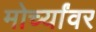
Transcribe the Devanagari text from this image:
मोर्च्यांवर